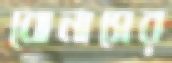
বোনাসের